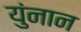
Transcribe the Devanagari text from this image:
युंनान